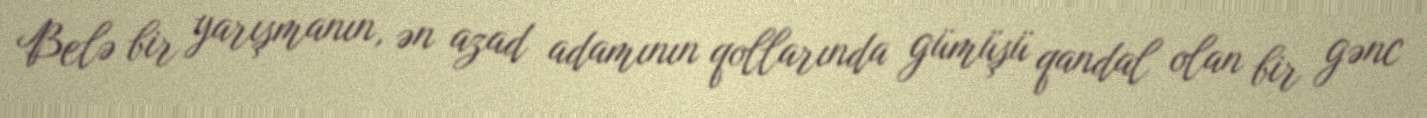
Belə bir yarışmanın, ən azad adamının qollarında gümüşü qandal olan bir gənc